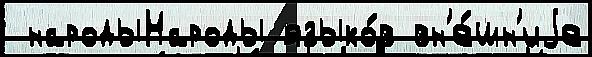
 народыНароды языко́в вн'е́шн'иjе